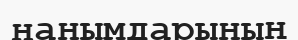
нанымдарының